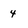
Character: 4